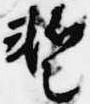
暫